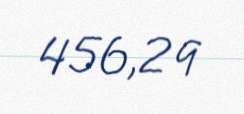
456,2 q